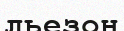
льезон